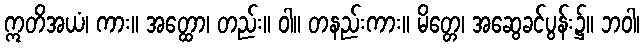
ဣတိအယံ၊ ကား။ အတ္ထော၊ တည်း။ ဝါ။ တနည်းကား။ မိတ္တေ၊ အဆွေခင်ပွန်း၌။ ဘဝါ၊